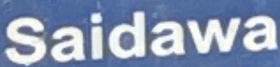
Saidawa